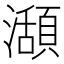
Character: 𤁪